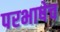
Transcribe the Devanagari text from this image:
परभाषेच